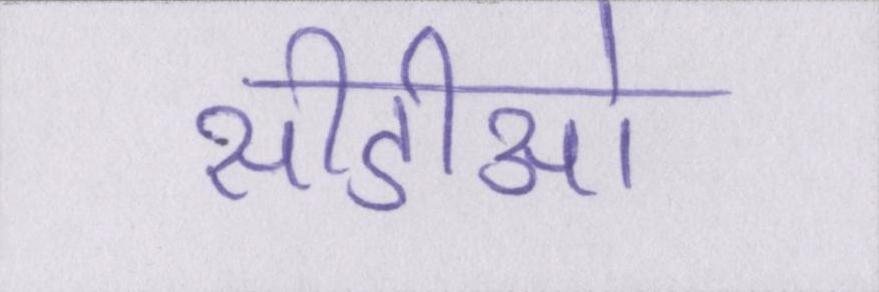
सीडीओ